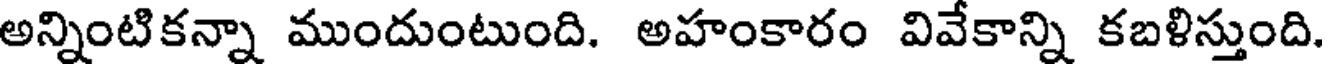
అన్నింటికన్నా ముందుంటుంది. అహంకారం వివేకాన్ని కబళిస్తుంది.